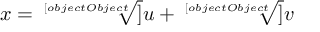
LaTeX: x = { \sqrt [ [object Object] ] { u } } + { \sqrt [ [object Object] ] { v } }